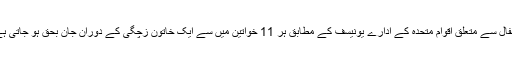
اطفال سے متعلق اقوام متحدہ کے ادارے یونیسف کے مطابق ہر 11 خواتین میں سے ایک خاتون زچگی کے دوران جان بحق ہو جاتی ہے۔